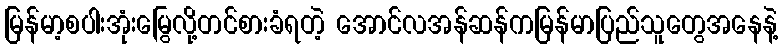
မြန်မာ့စပါးအုံးမြွေလို့တင်စားခံရတဲ့ အောင်လအန်ဆန်ကမြန်မာပြည်သူတွေအနေနဲ့